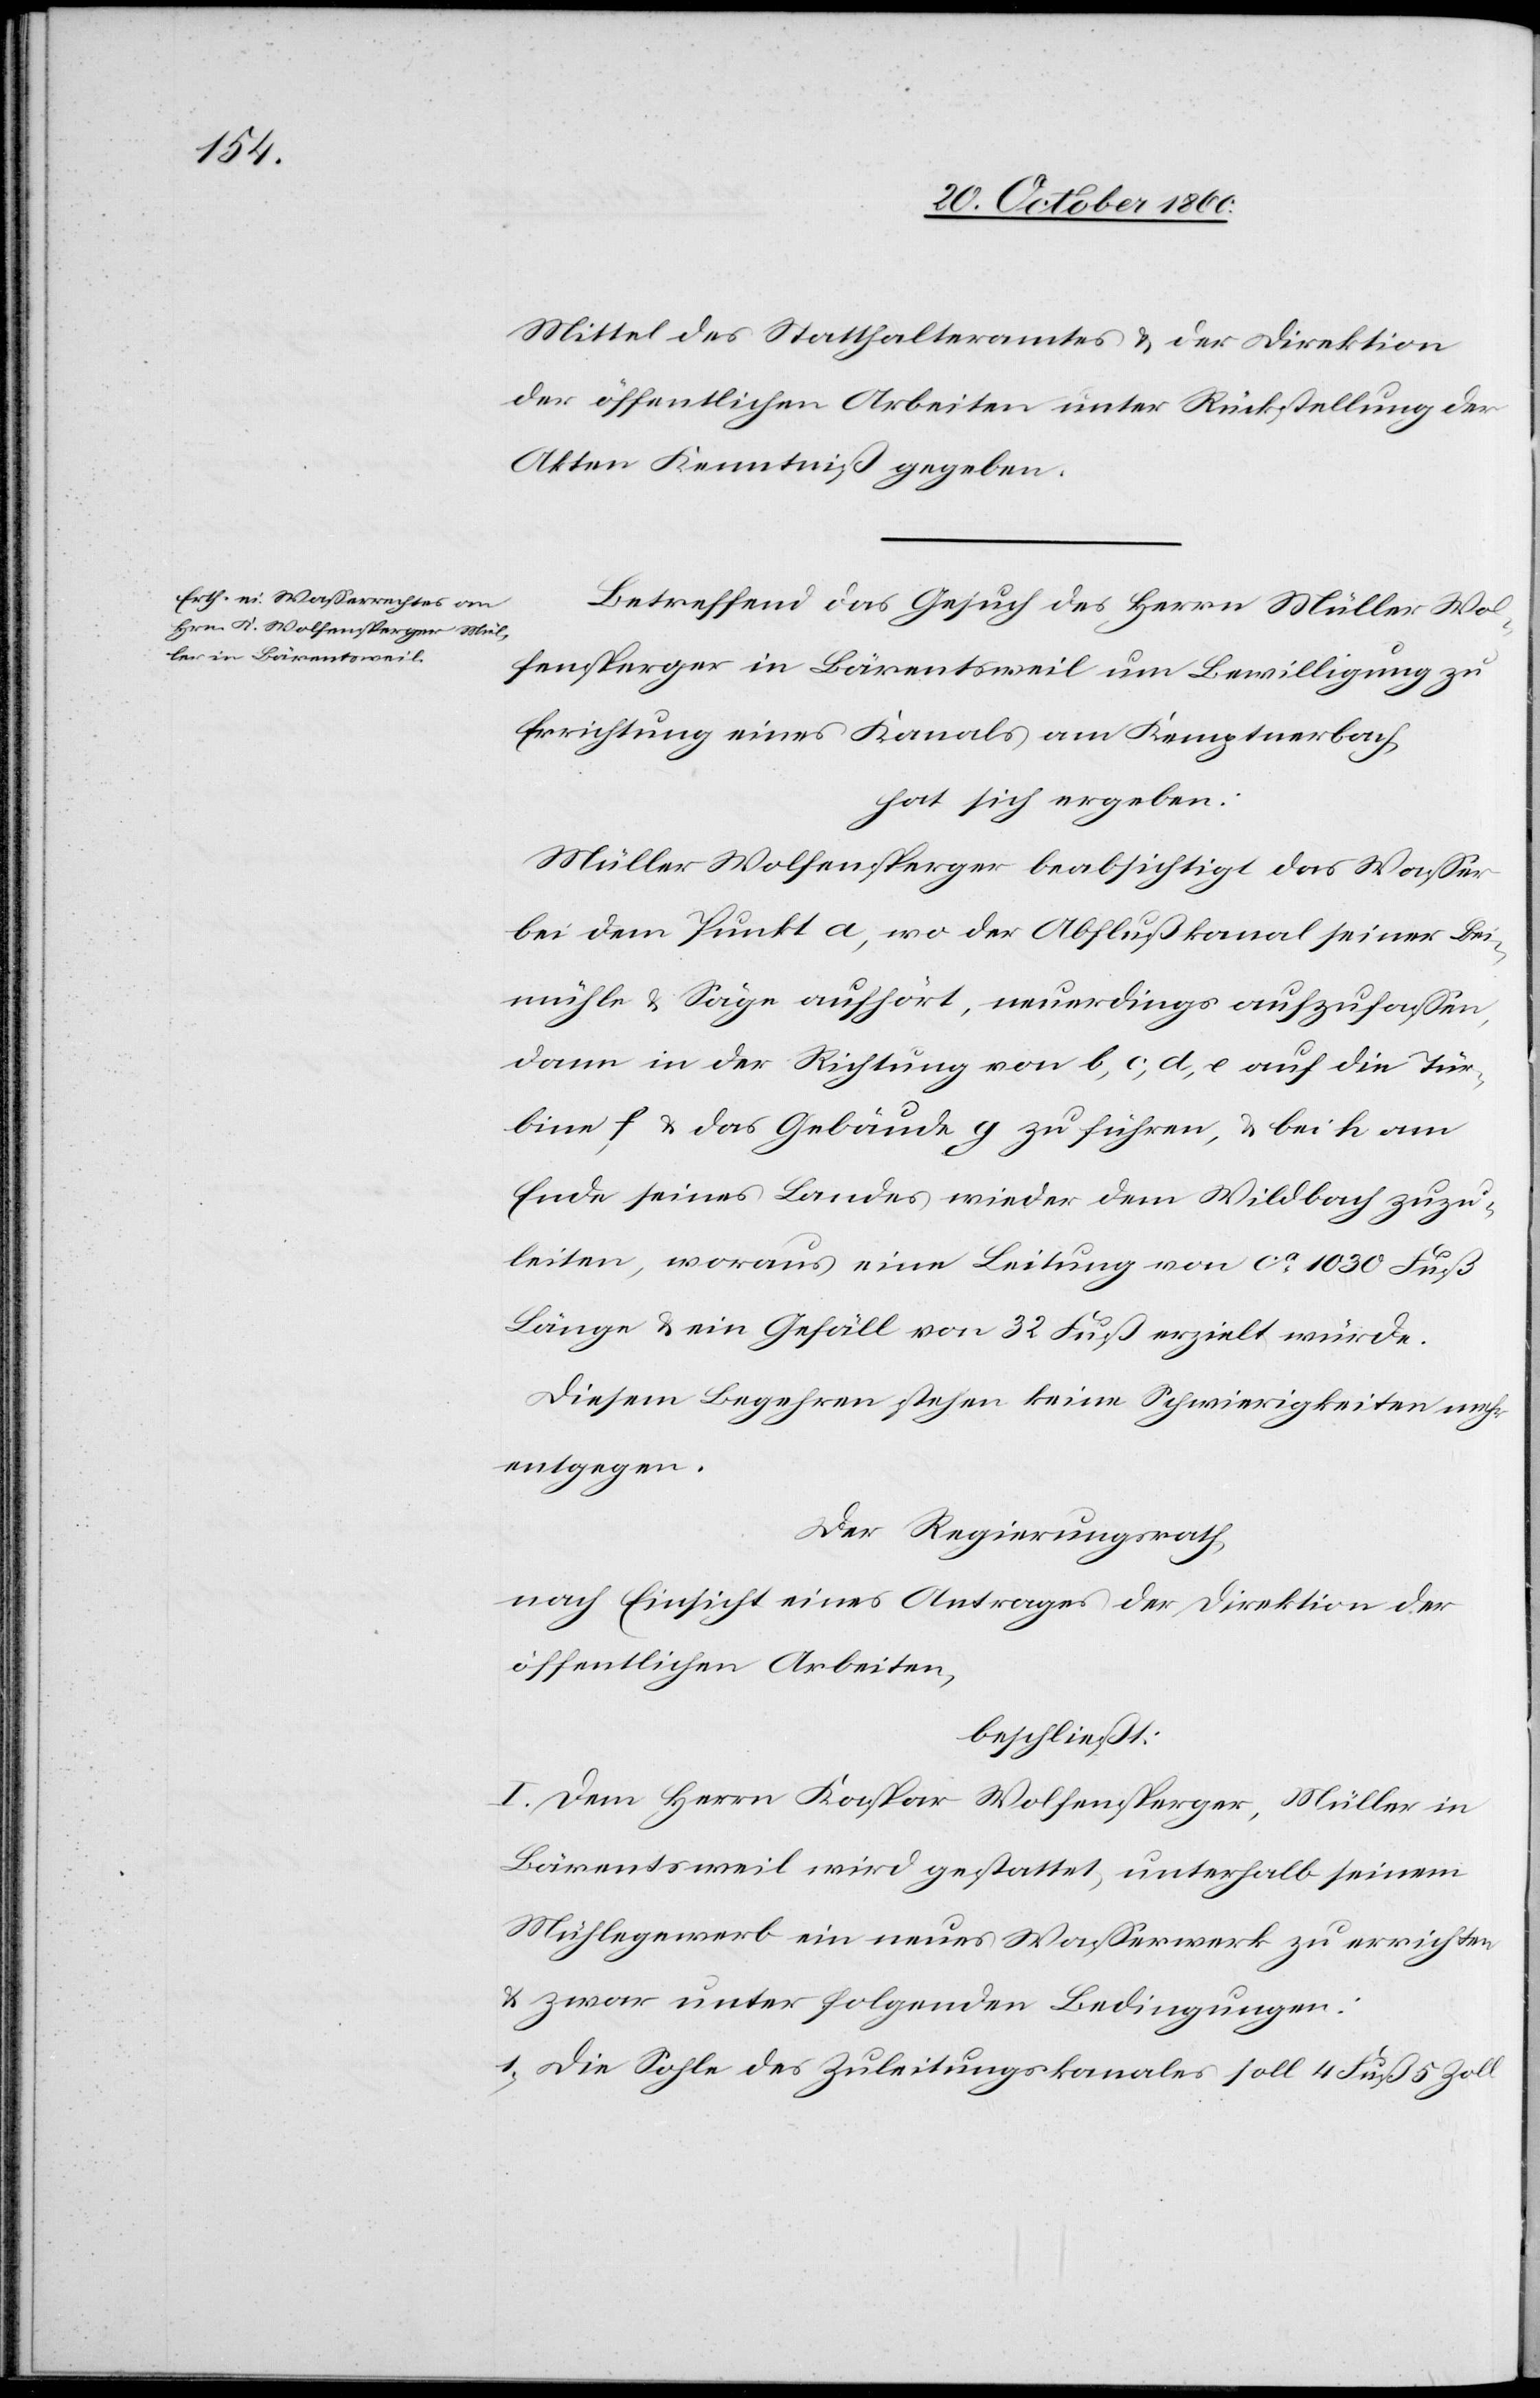
Mitte des Statthalteramtes u. der Direktion
der öffentlichen Arbeiten unter Rückstellung der
Akten Kenntniß gegeben.
Betreffend das Gesuch des Herrn Müller Wol¬
fensperger in Bärentsweil um Bewilligung zu
Errichtung eines Kanals am Kemptnerbach,
hat sich ergeben:
Müller Wolfensperger beabsichtigt das Wasser
bei dem Punkt a, wo der Abflußkanal seiner Bei¬
mühle u. Säge aufhört, neuerdings aufzufassen,
dann in der Richtung von b, c, d, e auf die Tür¬
bine f u. das Gebäude g zu führen, u. bei h am
Ende seines Landes wieder dem Wildbach zuzu¬
leiten, woraus eine Leitung von ca 1030 Fuß
Länge u. ein Gefäll von 32 Fuß erzielt würde.
Diesem Begehren stehen keine Schwierigkeiten mehr
entgegen.
Der Regierungsrath,
nach Einsicht eines Antrages der Direktion der
öffentlichen Arbeiten,
beschließt:
I. Dem Herrn Kaspar Wolfensperger, Müller in
Bärentsweil wird gestattet, unterhalb seinem
Mühlegewerb ein neues Wasserwerk zu errichten
u. zwar unter folgenden Bedingungen:
1) Die Sohle des Zuleitungskanales soll 4 Fuß 5 Zoll